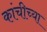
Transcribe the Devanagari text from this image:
कांचीच्या